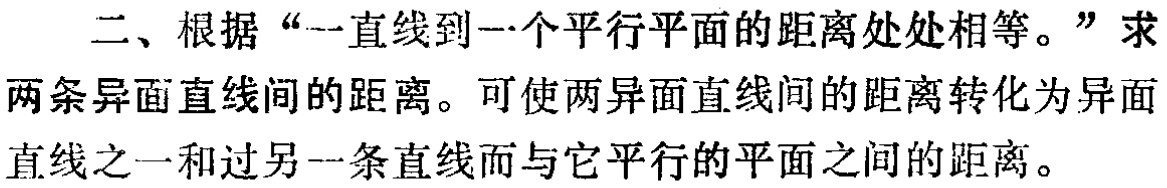
二、根据“一直线到一个平行平面的距离处处相等。”求两条异面直线间的距离。可使两异面直线间的距离转化为异面直线之一和过另一条直线而与它平行的平面之间的距离。